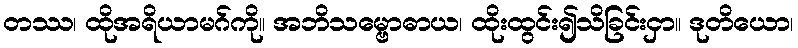
တဿ၊ ထိုအရိယာမဂ်ကို။ အဘိသမ္ဗောဓာယ၊ ထိုးထွင်း၍သိခြင်းငှာ။ ဒုတိယော၊